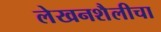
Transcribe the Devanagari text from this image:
लेखनशैलीचा